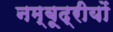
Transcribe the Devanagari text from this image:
नम्बूद्रीयों